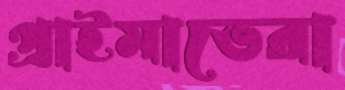
প্রাইমাভেরা